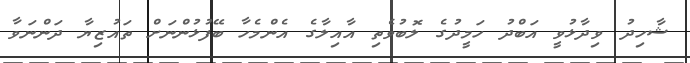
ޝާހިދު ވިދާޅުވީ އަބްދު ހަމީދުގެ ލޮބުވެތި އާއިލާގެ އެންމެހާ ބޭފުޅުންނަށް ތައުޒިޔާ ދަންނަވާ